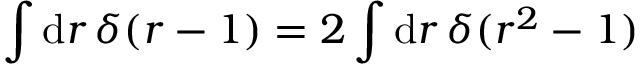
\int \mathrm { d } r \, \delta ( r - 1 ) = 2 \int \mathrm { d } r \, \delta ( r ^ { 2 } - 1 )